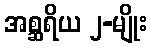
အစ္ဆရိယ ၂-မျိုး